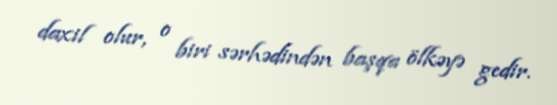
daxil olur, o biri sərhədindən başqa ölkəyə gedir.